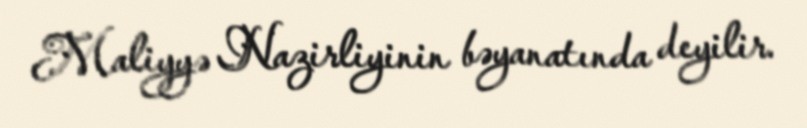
Maliyyə Nazirliyinin bəyanatında deyilir.